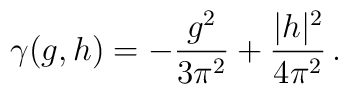
\gamma (g, h)=-\frac{g^2}{3\pi^2} + \frac{|h|^2}{4\pi^2}\,.